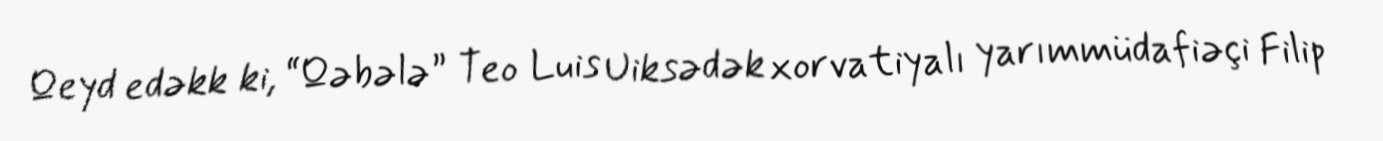
Qeyd edəkk ki, “Qəbələ” Teo Luis Uiksədək xorvatiyalı yarımmüdafiəçi Filip